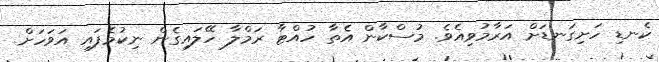
ކެނޑި ހަށިގަނޑަށް އަރާމުވިއެވެ. މުސްކާން އެތާ ހުއްޓާ ރަމްލާ ހޭލައިގެން ނިކުމެފައި އަވަހަށް